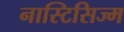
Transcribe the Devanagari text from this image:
नास्टिसिज्म